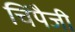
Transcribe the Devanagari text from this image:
चिंपैजी